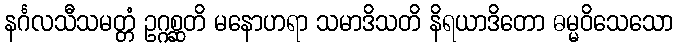
နင်္ဂလသီသမတ္တံ ဥဂ္ဂစ္ဆတိ မနောဟရာ သမာဒိသတိ နိရယာဒိတော ဓမ္မဝိသေသော